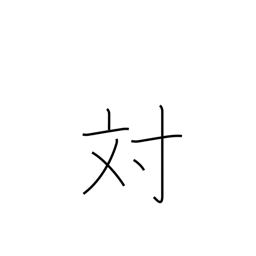
Meaning: opposite